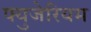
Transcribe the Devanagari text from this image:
फ्युजेरियम